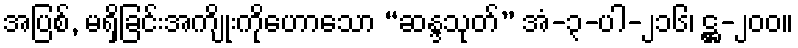
အပြစ်, မရှိခြင်းအကျိုးကိုဟောသော “ဆန္ဒသုတ်” အံ-၃-ပါ-၂၁၆၊ ဋ္ဌ-၂၀၀။